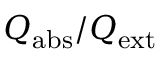
Q _ { \mathrm { { a b s } } } / Q _ { \mathrm { { e x t } } }